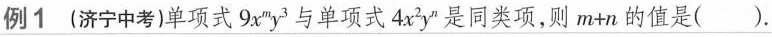
例1(济宁中考)单项式9x^{m}y^{3}与单项式4x^{2}y^{n}是同类项，则m+n的值是().